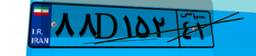
۲۹D۹۷۲۶۴